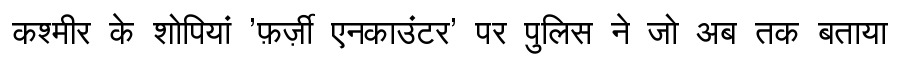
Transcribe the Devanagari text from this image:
कश्मीर के शोपियां 'फ़र्ज़ी एनकाउंटर' पर पुलिस ने जो अब तक बताया